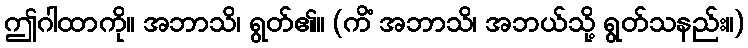
ဤဂါထာကို။ အဘာသိ၊ ရွတ်၏။ (ကိံ အဘာသိ၊ အဘယ်သို့ ရွတ်သနည်း။)